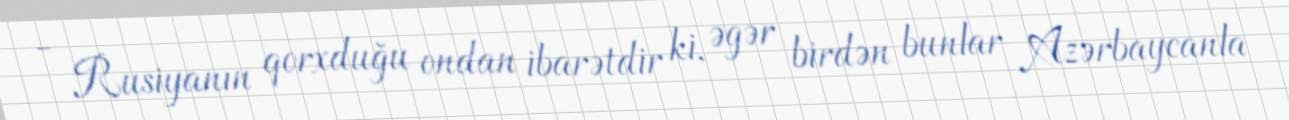
- Rusiyanın qorxduğu ondan ibarətdir ki, əgər birdən bunlar Azərbaycanla